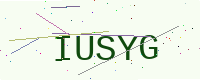
Text: IUSYG